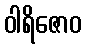
ဝါရိဇောဝ